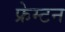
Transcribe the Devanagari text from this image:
फ्रेम्टन